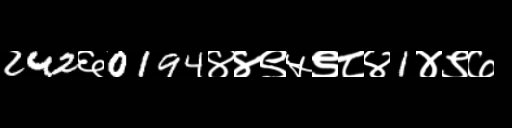
Text: 242६0194४४९५९८४1४९७